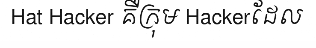
Hat Hacker គឺក្រុម Hackerដែល